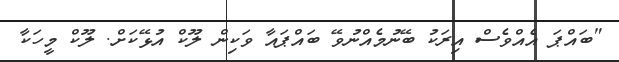
"ބައްޕަ އެއްވެސް އިރަކު ބޭނުމެއްނުވޭ ބައްޕައާ ވަކިން ލޫކް އުޅޭކަށް. ލޫކް މީހަކާ